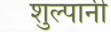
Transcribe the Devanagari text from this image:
शुल्पानी